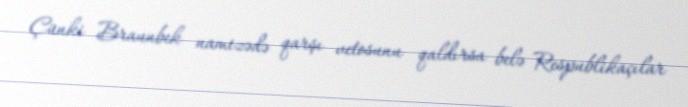
Çünki Braunbek namizədə qarşı vetosunu qaldırsa belə Respublikaçılar